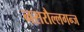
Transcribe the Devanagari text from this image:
नसरौल्लगन्ज